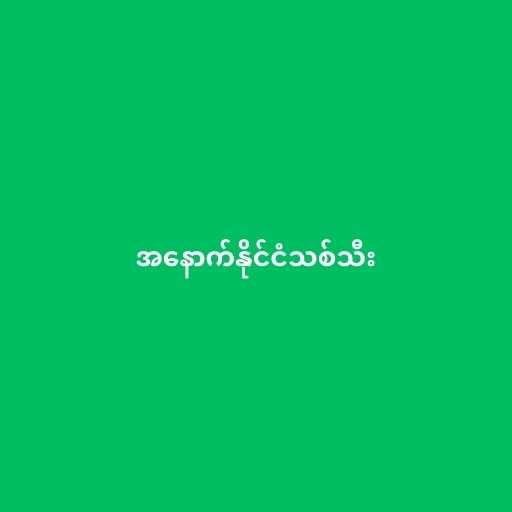
အနောက်နိုင်ငံသစ်သီး